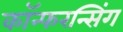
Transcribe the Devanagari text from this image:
कॉन्फरन्सिंग